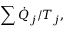
\sum { \dot { Q } } _ { j } / T _ { j } ,